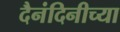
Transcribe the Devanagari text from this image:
दैनंदिनीच्या